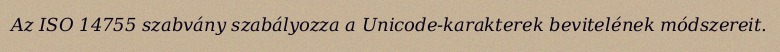
Az ISO 14755 szabvány szabályozza a Unicode-karakterek bevitelének módszereit.